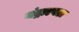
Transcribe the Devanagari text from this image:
चंद्राएवढा